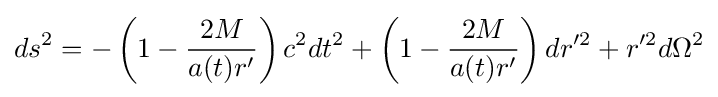
ds^{2}=-\left(1-{\frac {2M}{a(t)r'}}\right)c^{2}dt^{2}+\left(1-{\frac {2M}{a(t)r'}}\right)dr'^{2}+r'^{2}d\Omega ^{2}